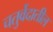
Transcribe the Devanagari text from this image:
चतुर्वेदातील